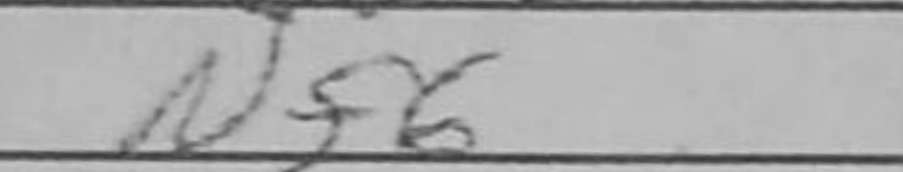
Transcription: Nf6